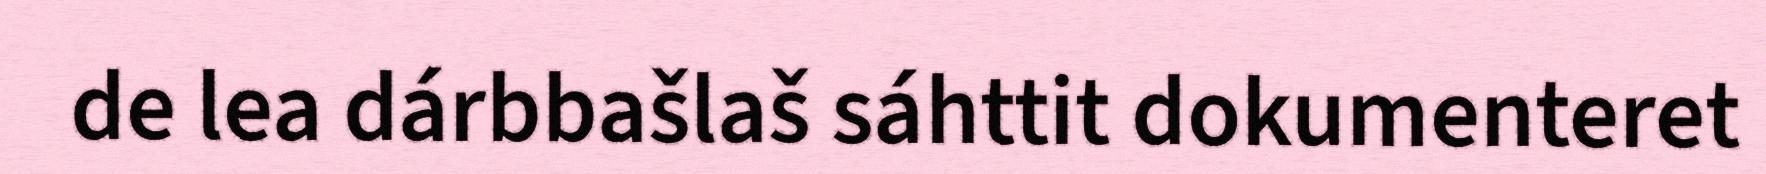
de lea dárbbašlaš sáhttit dokumenteret